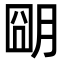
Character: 朙